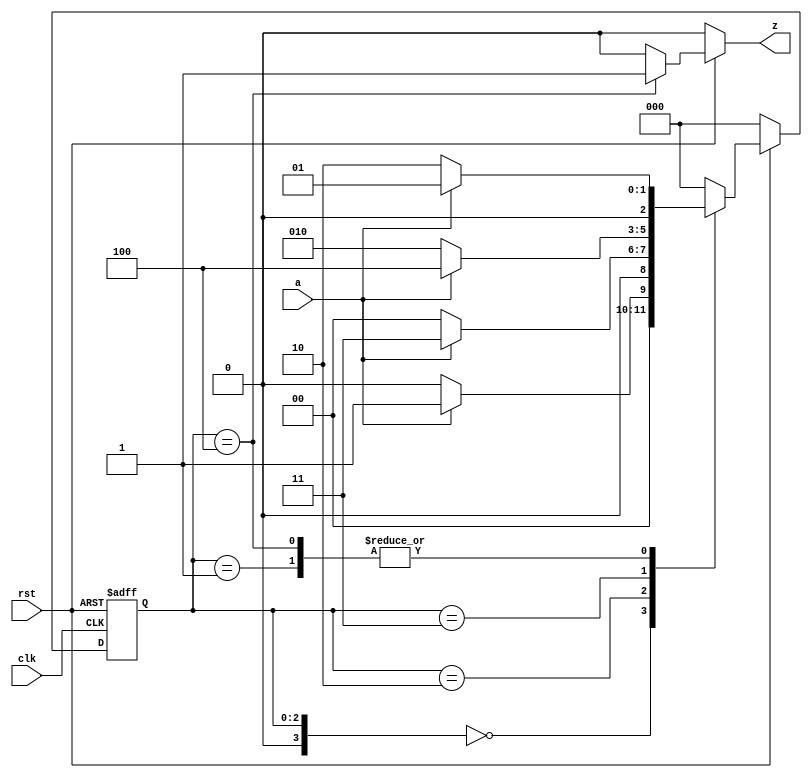
module SequenceChecker(clk,rst,a,z);
input clk;
input rst;
input a;
output z;
reg z;
reg[3:0] currentstate=0,nextstate=0;
parameter S0 = 3'b000;
parameter S1 = 3'b001;
parameter S2 = 3'b010;
parameter S3 = 3'b011;
parameter S4 = 3'b100;
always@(posedge clk or negedge rst)
begin 
  if(!rst)
    currentstate = S0;
  else
    currentstate =nextstate;
end
always@(currentstate or rst or a)
begin 
  if(!rst)
    nextstate = S0;
  else
    case(currentstate)
    S0: nextstate = (a==1)?S1:S0;
    S1: nextstate = (a==0)?S2:S1;
    S2: nextstate = (a==1)?S3:S0;
    S3: nextstate = (a==1)?S4:S2;
    S4: nextstate = (a==0)?S2:S1;
    default:nextstate = S0;
    endcase
end
always@(currentstate or rst)
begin 
  if(!rst)
      z=0;
  else 
      case(currentstate)
         S0:z=0;
         S1:z=0;
         S2:z=0;
         S3:z=0;
         S4:z=1;
         default:z=0;
       endcase
 end
endmodule